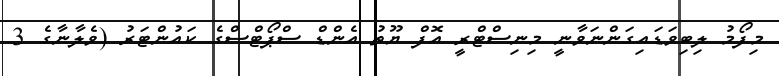
މިފޯމު ލިބިވަޑައިގަންނަވާނީ މިނިސްޓްރީ އޮފް ޔޫތު އެންޑް ސްޕޯޓްސްގެ ކައުންޓަރު (ވެލާނާގެ 3